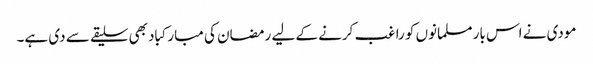
مودی نے اس بار مسلمانوں کو راغب کرنے کے لیے رمضان کی مبارکباد بھی سلیقے سے دی ہے۔